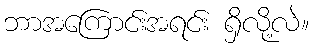
ဘာအကြောင်းအရင်း ရှိလို့လဲ။